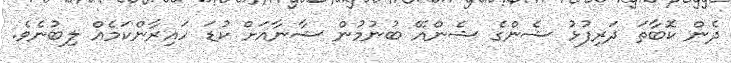
ދެން ކޮބާތަ ދަރިފުޅު ޝެންގެ ޝެންއޭ ބުނުމުން ޝާނާއަށް ކުޑަ ހައިރާންކަމެއް ލިބުނެވެ.